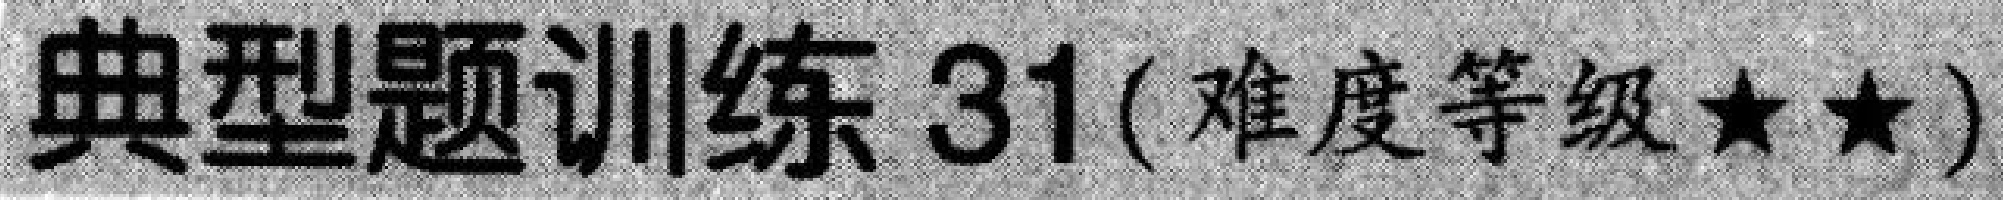
典型题训练 31(难度等级★★)